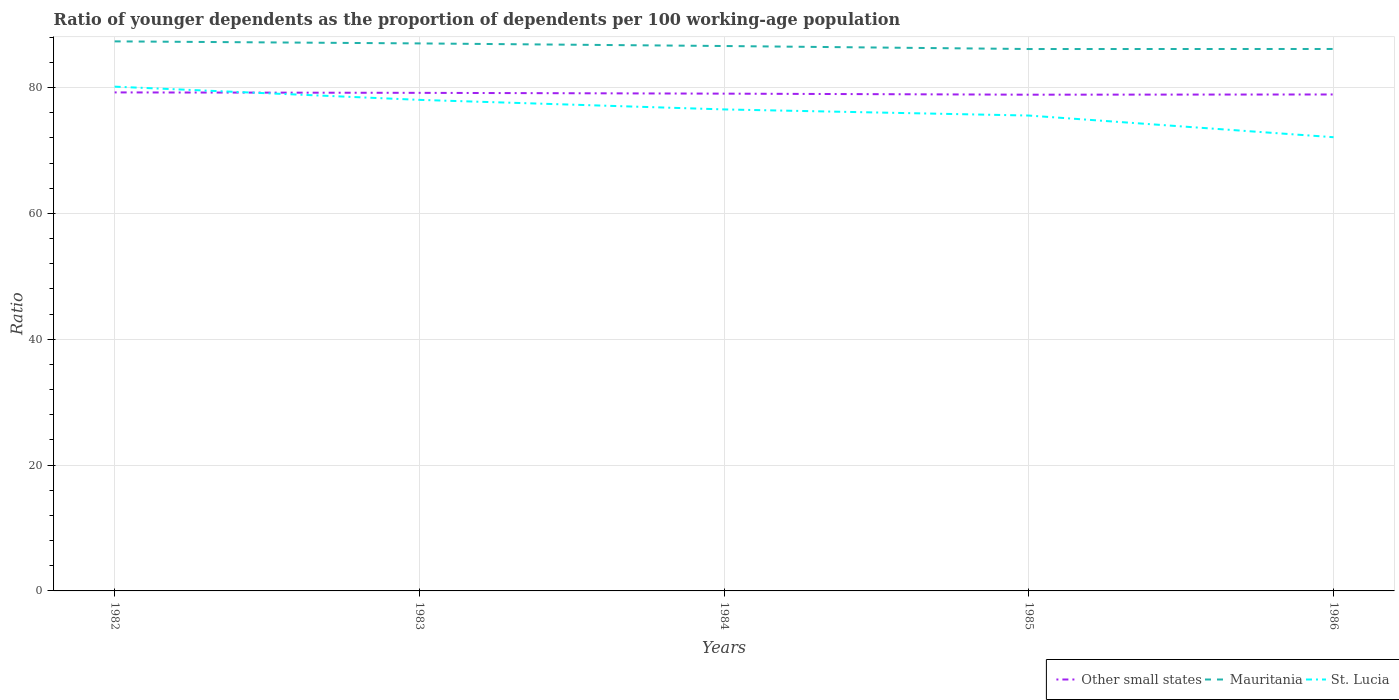
| Years | Other small states | Mauritania | St. Lucia |
 | --- | --- | --- | --- |
 | 1982 | 79.2 | 87.3 | 80.1 |
 | 1983 | 79.2 | 87 | 78 |
 | 1984 | 79 | 86.6 | 76.5 |
 | 1985 | 78.9 | 86.1 | 75.5 |
 | 1986 | 78.9 | 86.1 | 72.1 |